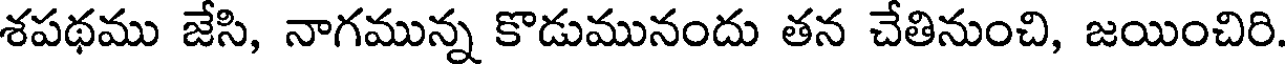
శపథము జేసి, నాగమున్న కొడుమునందు తన చేతినుంచి, జయించిరి